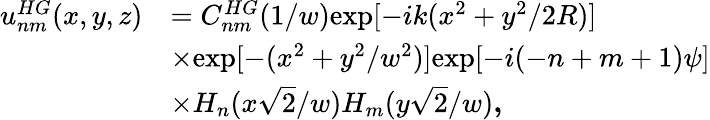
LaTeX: \begin{array}{rl}{u_{nm}^{HG}(x,y,z)}&{=C_{nm}^{HG}(1/w)\mathrm{exp}[-ik(x^{2}+y^{2}/2R)]}\\ &{\times\mathrm{exp}[-(x^{2}+y^{2}/w^{2})]\mathrm{exp}[-i(-n+m+1)\psi]}\\ &{\times H_{n}(x\sqrt 2/w)H_{m}(y\sqrt 2/w)\textbf{,}}\end{array}